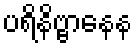
ပရိနိဗ္ဗာနေန